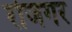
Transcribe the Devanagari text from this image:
रोजगर